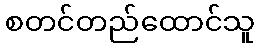
စတင်တည်ထောင်သူ